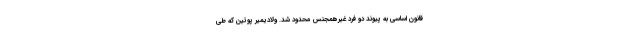
قانون اساسی به پیوند دو فرد غیرهمجنس محدود شد. ولادیمیر پوتین که طی